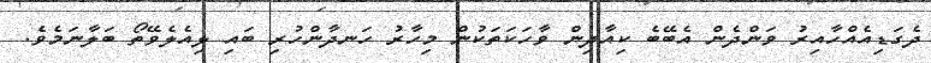
ދެގަޑިއެއްހާއިރު ވަންދެން އެބޭބެ ކިއާދިން ވާހަކަތަކުން މިހާރު ހަނދާންހުރި ބައި ލިއެލެވޭތޯ ބަލާނަމެވެ.